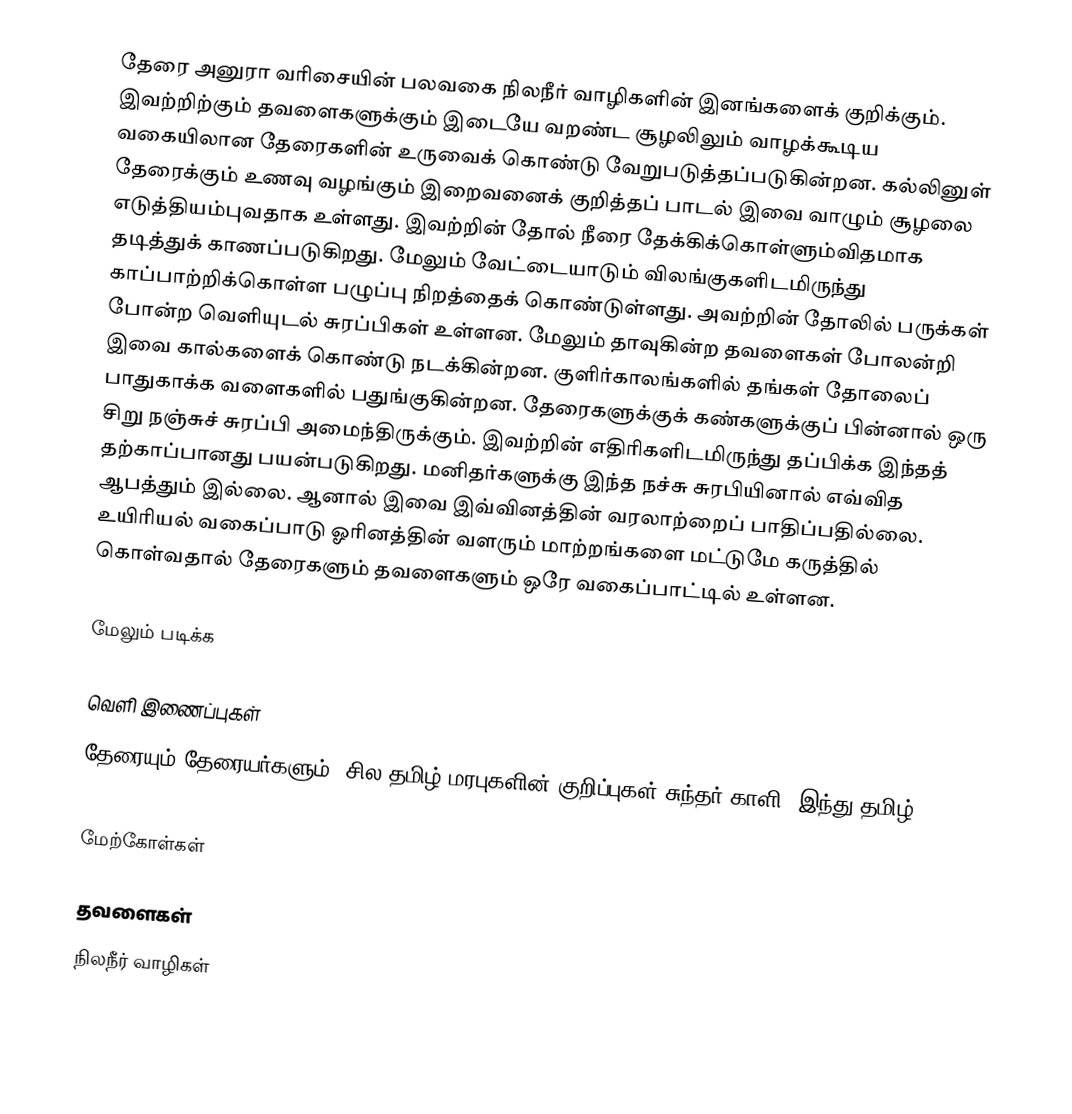
தேரை அனுரா வரிசையின் பலவகை நிலநீர் வாழிகளின் இனங்களைக் குறிக்கும். இவற்றிற்கும் தவளைகளுக்கும் இடையே வறண்ட சூழலிலும் வாழக்கூடிய வகையிலான தேரைகளின் உருவைக் கொண்டு வேறுபடுத்தப்படுகின்றன. கல்லினுள் தேரைக்கும் உணவு வழங்கும் இறைவனைக் குறித்தப் பாடல் இவை வாழும் சூழலை எடுத்தியம்புவதாக உள்ளது. இவற்றின் தோல் நீரை தேக்கிக்கொள்ளும்விதமாக தடித்துக் காணப்படுகிறது. மேலும் வேட்டையாடும் விலங்குகளிடமிருந்து காப்பாற்றிக்கொள்ள பழுப்பு நிறத்தைக் கொண்டுள்ளது. அவற்றின் தோலில் பருக்கள் போன்ற வெளியுடல் சுரப்பிகள் உள்ளன. மேலும் தாவுகின்ற தவளைகள் போலன்றி இவை கால்களைக் கொண்டு நடக்கின்றன.  குளிர்காலங்களில் தங்கள் தோலைப் பாதுகாக்க வளைகளில் பதுங்குகின்றன. தேரைகளுக்குக் கண்களுக்குப் பின்னால் ஒரு சிறு நஞ்சுச் சுரப்பி அமைந்திருக்கும். இவற்றின் எதிரிகளிடமிருந்து தப்பிக்க இந்தத் தற்காப்பானது பயன்படுகிறது. மனிதர்களுக்கு இந்த நச்சு சுரபியினால் எவ்வித ஆபத்தும் இல்லை.    ஆனால் இவை இவ்வினத்தின் வரலாற்றைப் பாதிப்பதில்லை. உயிரியல் வகைப்பாடு ஓரினத்தின் வளரும் மாற்றங்களை மட்டுமே கருத்தில் கொள்வதால் தேரைகளும் தவளைகளும் ஒரே வகைப்பாட்டில் உள்ளன.

மேலும் படிக்க

வெளி இணைப்புகள்
தேரையும் தேரையர்களும்: சில தமிழ் மரபுகளின் குறிப்புகள் சுந்தர் காளி, இந்து தமிழ் rasi love

மேற்கோள்கள்

தவளைகள்
நிலநீர் வாழிகள்